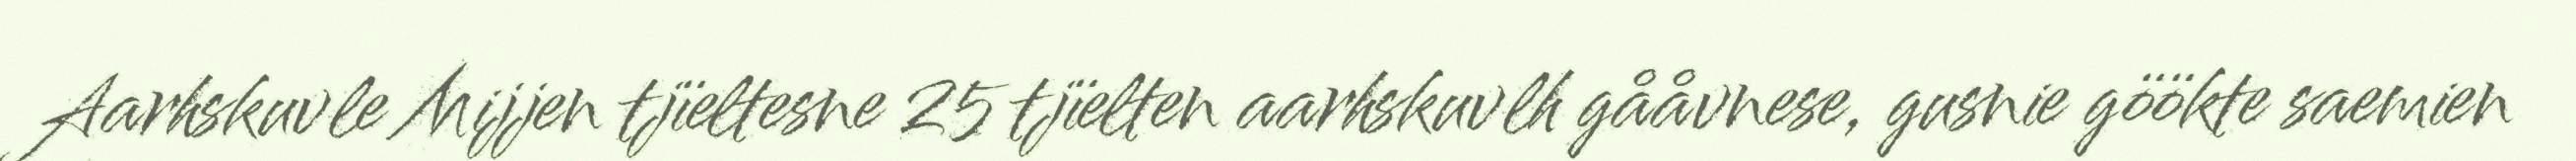
Aarhskuvle Mijjen tjïeltesne 25 tjïelten aarhskuvlh gååvnese, gusnie göökte saemien